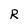
Character: R